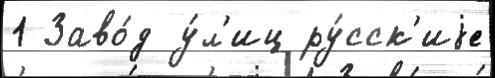
1 Заво́д у́л'иц ру́сск'иjе